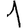
Digit: 1